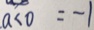
a < 0 = - 1